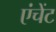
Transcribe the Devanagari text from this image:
एंचेंट